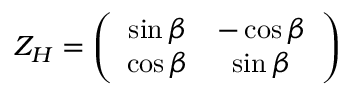
{ \cal Z } _ { H } = \left( \begin{array} { c c } { { \sin \beta } } & { { - \cos \beta } } \\ { { \cos \beta } } & { { \sin \beta } } \end{array} \right)